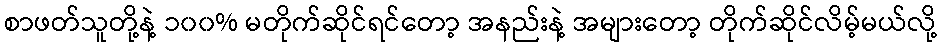
စာဖတ်သူတို့နဲ့ ၁၀၀% မတိုက်ဆိုင်ရင်တော့ အနည်းနဲ့ အများတော့ တိုက်ဆိုင်လိမ့်မယ်လို့